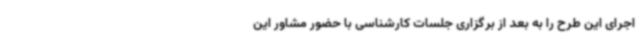
اجرای این طرح را به بعد از برگزاری جلسات کارشناسی با حضور مشاور این